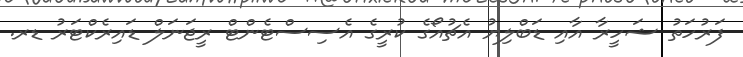
ފަރުހަތު ޝަހީރާ އާއި ޑަބްލިޔު އެޗުއޯގެ ކުރީގެ އެސިސްޓެންޓް ރީޖަނަލް ޑައިރެކްޓަރު ޑރ.